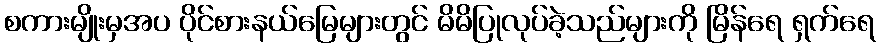
စကားမျိုးမှအပ ပိုင်စားနယ်မြေများတွင် မိမိပြုလုပ်ခဲ့သည်များကို မြိန်ရေ ရှက်ရေ